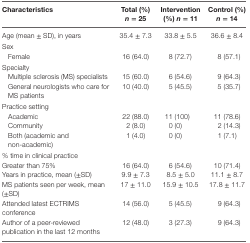
<table><thead><tr><td><b>Characteristics</b></td><td><b>Total (%) <i>n</i> = 25</b></td><td><b>Intervention (%) <i>n</i> = 11</b></td><td><b>Control (%) <i>n</i> = 14</b></td></tr></thead><tbody><tr><td>Age (mean ± SD), in years</td><td>35.4 ± 7.3</td><td>33.8 ± 5.5</td><td>36.6 ± 8.4</td></tr><tr><td colspan="4">Sex</td></tr><tr><td> Female</td><td>16 (64.0)</td><td>8 (72.7)</td><td>8 (57.1)</td></tr><tr><td colspan="4">Specialty</td></tr><tr><td> Multiple sclerosis (MS) specialists</td><td>15 (60.0)</td><td>6 (54.6)</td><td>9 (64.3)</td></tr><tr><td> General neurologists who care for MS patients</td><td>10 (40.0)</td><td>5 (45.5)</td><td>5 (35.7)</td></tr><tr><td colspan="4">Practice setting</td></tr><tr><td> Academic</td><td>22 (88.0)</td><td>11 (100)</td><td>11 (78.6)</td></tr><tr><td> Community</td><td>2 (8.0)</td><td>0 (0)</td><td>2 (14.3)</td></tr><tr><td> Both (academic and non-academic)</td><td>1 (4.0)</td><td>0 (0)</td><td>1 (7.1)</td></tr><tr><td>% time in clinical practice</td><td></td><td></td><td></td></tr><tr><td>Greater than 75%</td><td>16 (64.0)</td><td>6 (54.6)</td><td>10 (71.4)</td></tr><tr><td>Years in practice, mean (±SD)</td><td>9.9 ± 7.3</td><td>8.5 ± 5.0</td><td>11.1 ± 8.7</td></tr><tr><td>MS patients seen per week, mean (±SD)</td><td>17 ± 11.0</td><td>15.9 ± 10.5</td><td>17.8 ± 11.7</td></tr><tr><td>Attended latest ECTRIMS conference</td><td>14 (56.0)</td><td>5 (45.5)</td><td>9 (64.3)</td></tr><tr><td>Author of a peer-reviewed publication in the last 12 months</td><td>12 (48.0)</td><td>3 (27.3)</td><td>9 (64.3)</td></tr></tbody></table>